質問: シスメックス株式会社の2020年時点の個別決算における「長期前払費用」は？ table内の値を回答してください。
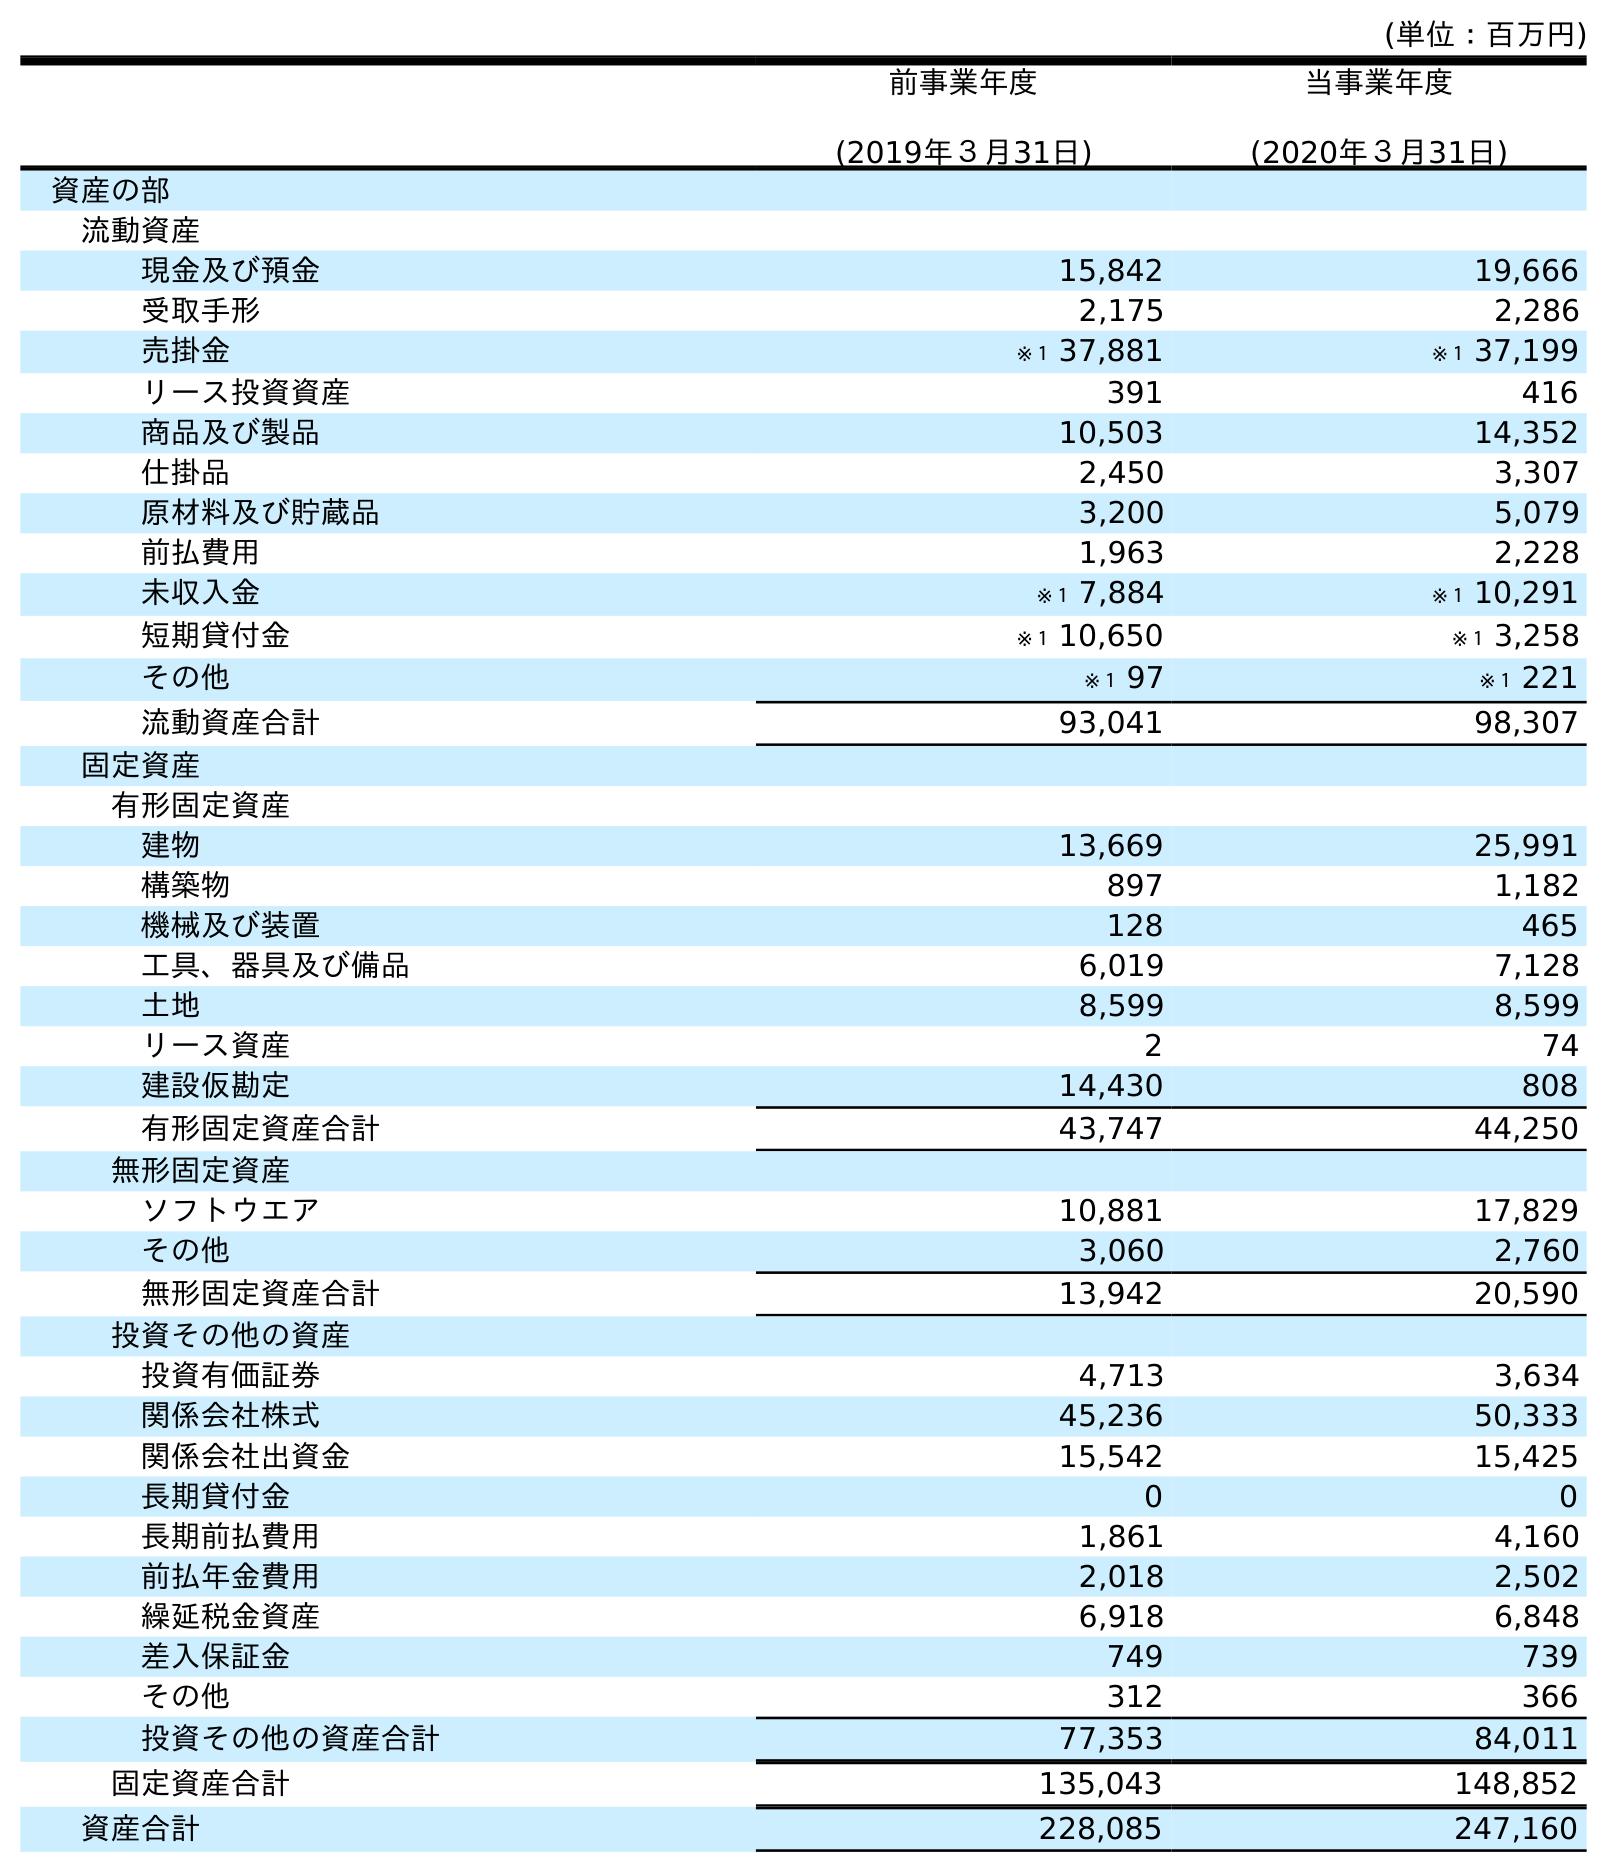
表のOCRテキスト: (単位：百万円) 前事業年度 (2019年３月31日) 当事業年度 (2020年３月31日) 資産の部 流動資産 現金及び預金 15,842 19,666 受取手形 2,175 2,286 売掛金 ※１ 37,881 ※１ 37,199 リース投資資産 391 416 商品及び製品 10,503 14,352 仕掛品 2,450 3,307 原材料及び貯蔵品 3,200 5,079 前払費用 1,963 2,228 未収入金 ※１ 7,884 ※１ 10,291 短期貸付金 ※１ 10,650 ※１ 3,258 その他 ※１ 97 ※１ 221 流動資産合計 93,041 98,307 固定資産 有形固定資産 建物 13,669 25,991 構築物 897 1,182 機械及び装置 128 465 工具、器具及び備品 6,019 7,128 土地 8,599 8,599 リース資産 2 74 建設仮勘定 14,430 808 有形固定資産合計 43,747 44,250 無形固定資産 ソフトウエア 10,881 17,829 その他 3,060 2,760 無形固定資産合計 13,942 20,590 投資その他の資産 投資有価証券 4,713 3,634 関係会社株式 45,236 50,333 関係会社出資金 15,542 15,425 長期貸付金 0 0 長期前払費用 1,861 4,160 前払年金費用 2,018 2,502 繰延税金資産 6,918 6,848 差入保証金 749 739 その他 312 366 投資その他の資産合計 77,353 84,011 固定資産合計 135,043 148,852 資産合計 228,085 247,160
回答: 4,160